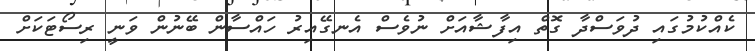
ކެއްކުމުގައި ދުވަސްދާ ގޮތް އިފާޝާއަށް ނުވެސް އެނގޭއިރު ހައްސާން ބޭނުން ވަނީ ރިސޯޓަކަށް